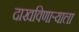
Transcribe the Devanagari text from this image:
दाखविणाऱ्याला